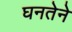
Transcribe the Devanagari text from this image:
घनतेने